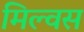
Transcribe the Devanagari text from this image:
मिल्वस